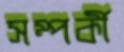
সম্পর্কী